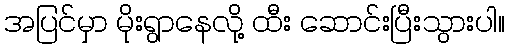
အပြင်မှာ မိုးရွာနေလို့ ထီး ဆောင်းပြီးသွားပါ။